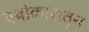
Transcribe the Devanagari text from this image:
स्वीकारातून